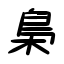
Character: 梟